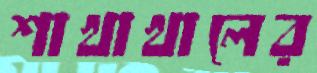
শাখাখালের